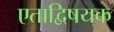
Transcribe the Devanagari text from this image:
एताद्विषयक